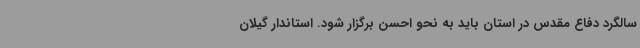
سالگرد دفاع مقدس در استان باید به نحو احسن برگزار شود. استاندار گیلان